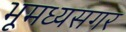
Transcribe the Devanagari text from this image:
भूमध्यसगर